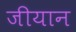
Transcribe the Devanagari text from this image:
जीयान